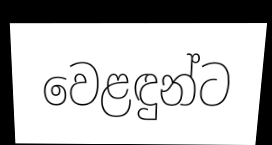
වෙළඳුන්ට